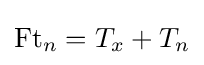
\operatorname {Ft} _{n}=T_{x}+T_{n}